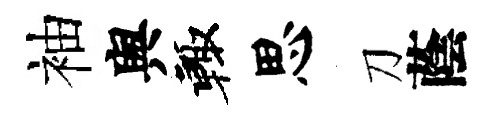
袖舆輙思刀蔭